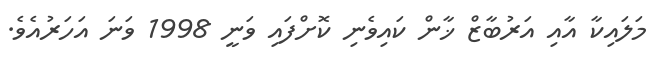
މަލައިކާ އާއި އަރުބާޒް ޚާން ކައިވެނި ކޮށްފައި ވަނީ 1998 ވަނަ އަހަރުއެވެ.